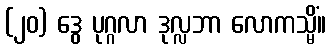
(၂၀) ဒွေ ပုဂ္ဂလာ ဒုလ္လဘာ လောကသ္မိံ။